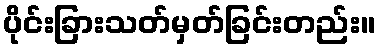
ပိုင်းခြားသတ်မှတ်ခြင်းတည်း။